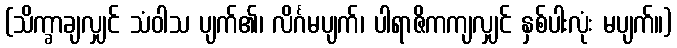
(သိက္ခာချလျှင် သံဝါသ ပျက်၏၊ လိင်္ဂမပျက်၊ ပါရာဇိကကျလျှင် နှစ်ပါးလုံး မပျက်။)